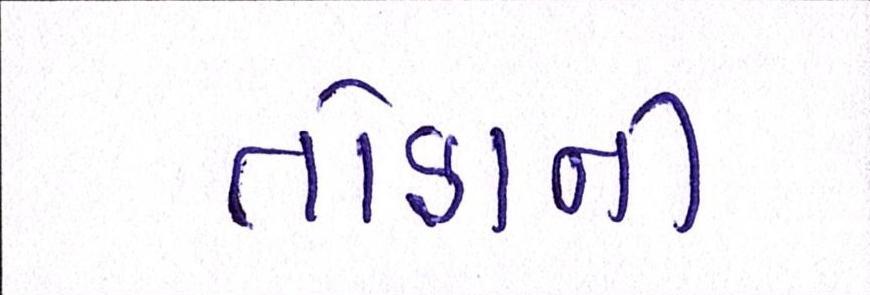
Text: તોફાની